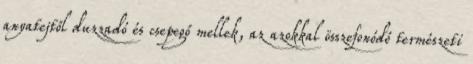
anyatejtől duzzadó és csepegő mellek, az azokkal összefonódó természeti